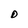
Character: D